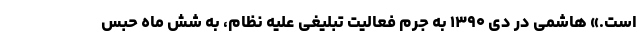
است.» هاشمی در دی ۱۳۹۰ به جرم فعالیت تبلیغی علیه نظام، به شش ماه حبس